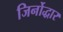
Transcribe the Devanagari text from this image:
जिर्नोद्धार